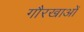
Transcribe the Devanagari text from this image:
गौरखाओं